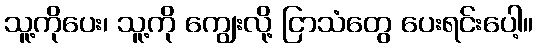
သူ့ကိုပေး၊ သူ့ကို ကျွေးလို့ ငြာသံတွေ ပေးရင်းပေါ့။